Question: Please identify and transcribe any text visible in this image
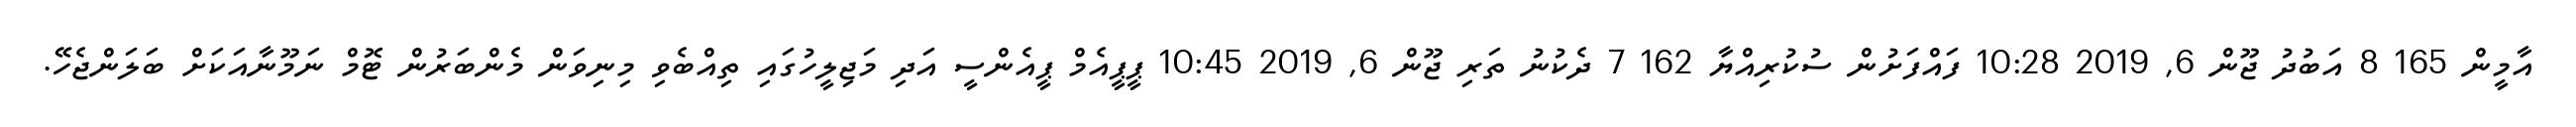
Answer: އާމީން 165 8 އަބުދު ޖޫން 6, 2019 10:28 ފައްފަށުން ސުކުރިއްޔާ 162 7 ދެކުނު ތަރި ޖޫން 6, 2019 10:45 ޕީޕީއެމް ޕީއެންސީ އަދި މަޖިލީހުގައި ތިއްބެވި މިނިވަން މެންބަރުން ޓޮމް ނަމޫނާއަކަށް ބަލަންޖެހޭ.